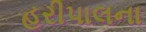
હરીપાલના